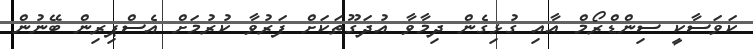
ކަވަސާކީ ސިންޑްރޯމް އާއި ގުޅިގެން ދިމާވާ އުދަގޫތަކަށް ފަރުވާ ކުރުމަށް އެސްޕިރިން ބޭނުން